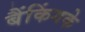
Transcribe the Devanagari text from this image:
बैंकिंगके